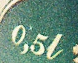
0,5l